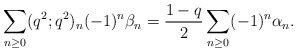
\begin{align*} \sum_{n \geq 0} (q^2; q^2)_n (-1)^n \beta_n = \frac{1-q}{2} \sum_{n \geq 0} (-1)^n \alpha_n.\end{align*}